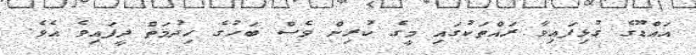
އައްޑޫގެ ގުޅިފައިވާ ރައްތަކުގައި މީގެ ކުރިން ވެސް ބަހުގެ ހިދުމަތް ދީފައިވެ އެވެ.